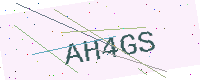
Text: AH4GS